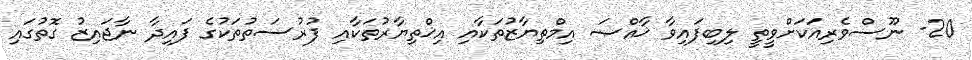
20- ނޫސްވެރިއަކަށްވީތީ ލިބިފައިވާ ޚާއްޞަ އިމްތިޔާޒުތަކާއި އިޚްތިޔާރުތަކާއި ފުރުސަތުތަކުގެ ފައިދާ ނާޖައިޒު ގޮތުގައި